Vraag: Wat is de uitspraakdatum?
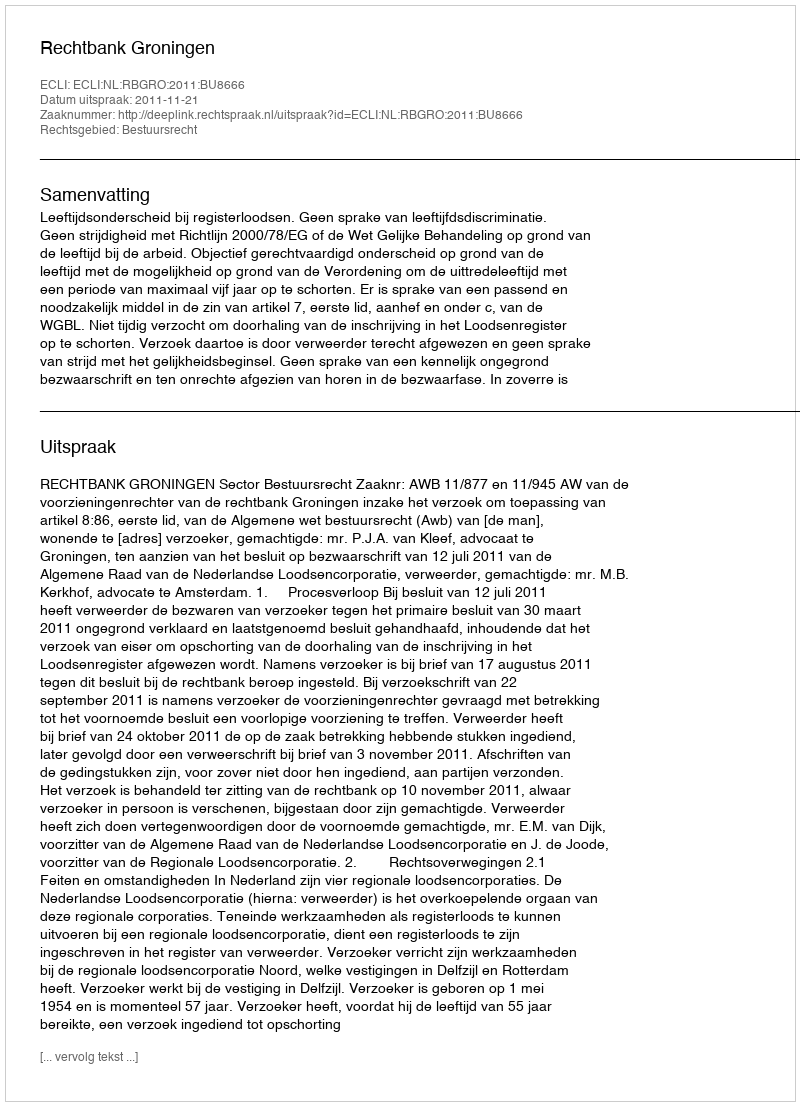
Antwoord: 2011-11-21